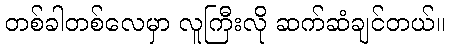
တစ်ခါတစ်လေမှာ လူကြီးလို ဆက်ဆံချင်တယ်။